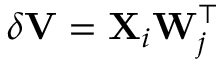
\delta \mathbf { V } = \mathbf { X } _ { i } \mathbf { W } _ { j } ^ { \top }